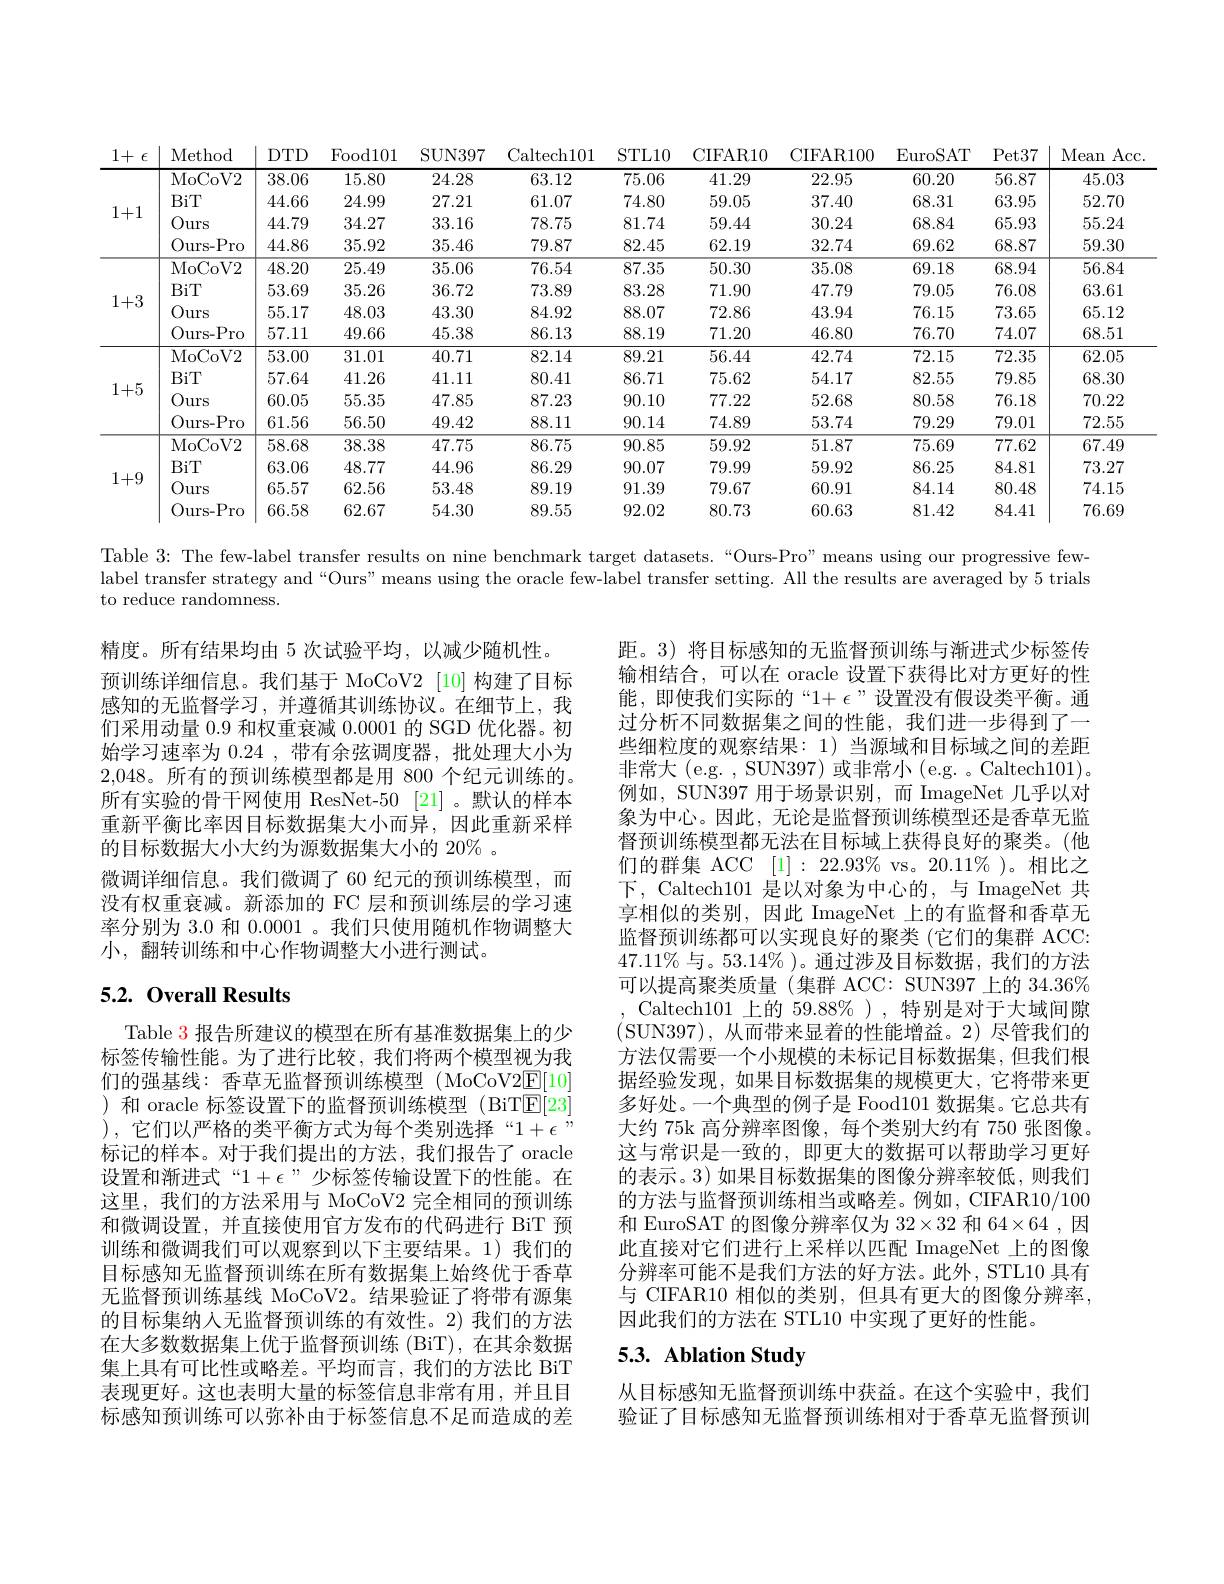
<table>
	<tbody>
		<tr>
			<th>1+ $\epsilon$</th>
			<th>Method</th>
			<th>$DTD$</th>
			<th>${\mathrm{Food}}101$</th>
			<th>SUN397</th>
			<th>altech101</th>
			<th>STL10</th>
			<th>CIFAR10</th>
			<th>CIFAR100</th>
			<th>EuroSAT</th>
			<th>$Pet37$</th>
			<th>Mean $\operatorname{Acc}$</th>
		</tr>
		<tr>
			<td rowspan="4">1+1</td>
			<td>MoCoV2</td>
			<td>38.06</td>
			<td>15.80</td>
			<td>24.28</td>
			<td>63.12</td>
			<td>75.06</td>
			<td>41.29</td>
			<td>22.95</td>
			<td>60.20</td>
			<td>56.87</td>
			<td>45.03</td>
		</tr>
		<tr>
			<td>BiT</td>
			<td>44.66</td>
			<td>24.99</td>
			<td>27.21</td>
			<td>61.07</td>
			<td>74.80</td>
			<td>59.05</td>
			<td>37.40</td>
			<td>68.31</td>
			<td>63.95</td>
			<td>52.70</td>
		</tr>
		<tr>
			<td>Ours</td>
			<td>44.79</td>
			<td>34.27</td>
			<td>33.16</td>
			<td>78.75</td>
			<td>81.74</td>
			<td>59.44</td>
			<td>30.24</td>
			<td>68.84</td>
			<td>65.93</td>
			<td>55.24</td>
		</tr>
		<tr>
			<td>Ours- Pro</td>
			<td>44.86</td>
			<td>35.92</td>
			<td>35.46</td>
			<td>79.87</td>
			<td>82.45</td>
			<td>62.19</td>
			<td>32.74</td>
			<td>69.62</td>
			<td>68.87</td>
			<td>59.30</td>
		</tr>
		<tr>
			<td rowspan="4">1+3</td>
			<td>MoCoV2</td>
			<td>48.20</td>
			<td>25.49</td>
			<td>35.06</td>
			<td>76.54</td>
			<td>87.35</td>
			<td>50.30</td>
			<td>35.08</td>
			<td>69.18</td>
			<td>68.94</td>
			<td>56.84</td>
		</tr>
		<tr>
			<td>BiT</td>
			<td>53.69</td>
			<td>35.26</td>
			<td>36.72</td>
			<td>73.89</td>
			<td>83.28</td>
			<td>71.90</td>
			<td>47.79</td>
			<td>79.05</td>
			<td>76.08</td>
			<td>63.61</td>
		</tr>
		<tr>
			<td>Ours</td>
			<td>55.17</td>
			<td>48.03</td>
			<td>43.30</td>
			<td>84.92</td>
			<td>88.07</td>
			<td>72.86</td>
			<td>43.94</td>
			<td>76.15</td>
			<td>73.65</td>
			<td>65.12</td>
		</tr>
		<tr>
			<td>Ours- Pro</td>
			<td>57.11</td>
			<td>49.66</td>
			<td>45.38</td>
			<td>86.13</td>
			<td>88.19</td>
			<td>71.20</td>
			<td>46.80</td>
			<td>76.70</td>
			<td>74.07</td>
			<td>68.51</td>
		</tr>
		<tr>
			<td rowspan="4">1+5</td>
			<td>MoCoV2</td>
			<td>53.00</td>
			<td>31.01</td>
			<td>40.71</td>
			<td>82.14</td>
			<td>89.21</td>
			<td>56.44</td>
			<td>42.74</td>
			<td>72.15</td>
			<td>72.35</td>
			<td>62.05</td>
		</tr>
		<tr>
			<td>BiT</td>
			<td>57.64</td>
			<td>41.26</td>
			<td>41.11</td>
			<td>80.41</td>
			<td>86.71</td>
			<td>75.62</td>
			<td>54.17</td>
			<td>82.55</td>
			<td>79.85</td>
			<td>68.30</td>
		</tr>
		<tr>
			<td>Ours</td>
			<td>60.05</td>
			<td>55.35</td>
			<td>47.85</td>
			<td>87.23</td>
			<td>90.10</td>
			<td>77.22</td>
			<td>52.68</td>
			<td>80.58</td>
			<td>76.18</td>
			<td>70.22</td>
		</tr>
		<tr>
			<td>Ours- Pro</td>
			<td>61.56</td>
			<td>56.50</td>
			<td>49.42</td>
			<td>88.11</td>
			<td>90.14</td>
			<td>74.89</td>
			<td>53.74</td>
			<td>79.29</td>
			<td>79.01</td>
			<td>72.55</td>
		</tr>
		<tr>
			<td rowspan="4">1+9</td>
			<td>MoCoV2</td>
			<td>58.68</td>
			<td>38.38</td>
			<td>47.75</td>
			<td>86.75</td>
			<td>90.85</td>
			<td>59.92</td>
			<td>51.87</td>
			<td>75.69</td>
			<td>77.62</td>
			<td>67.49</td>
		</tr>
		<tr>
			<td>BiT</td>
			<td>63.06</td>
			<td>48.77</td>
			<td>44.96</td>
			<td>86.29</td>
			<td>90.07</td>
			<td>79.99</td>
			<td>59.92</td>
			<td>86.25</td>
			<td>84.81</td>
			<td>73.27</td>
		</tr>
		<tr>
			<td>Ours</td>
			<td>65.57</td>
			<td>62.56</td>
			<td>53.48</td>
			<td>89.19</td>
			<td>91.39</td>
			<td>79.67</td>
			<td>60.91</td>
			<td>84.14</td>
			<td>80.48</td>
			<td>74.15</td>
		</tr>
		<tr>
			<td>Ours- Pro</td>
			<td>66.58</td>
			<td>62.67</td>
			<td>54.30</td>
			<td>89.55</td>
			<td>92.02</td>
			<td>80.73</td>
			<td>60.63</td>
			<td>81.42</td>
			<td>84.41</td>
			<td>76.69</td>
		</tr>
	</tbody>
</table>

Table 3: The few-label transfer results on nine benchmark target datasets.“Ours-Pro”means using our progressive few-

label transfer strategy and“Ours” means using the oracle few-label transfer setting. All the results are averaged by 5 trials

to reduce randomness.

精度。所有结果均由 5 次试验平均，以减少随机性。
预训练详细信息。我们基于 MoCoV2 [10] 构建了目标感知的无监督学习，并遵循其训练协议。在细节上，我们采用动量 0.9 和权重衰减0.0001的 SGD 优化器。初始学习速率为0.24 , 带有余弦调度器，批处理大小为2,048。所有的预训练模型都是用 800 个纪元训练的。所有实验的骨干网使用 ResNet-50 [21] 。默认的样本重新平衡比率因目标数据集大小而异，因此重新采样的目标数据大小大约为源数据集大小的 20% 。
微调详细信息。我们微调了 60 纪元的预训练模型，而没有权重衰减。新添加的 FC 层和预训练层的学习速率分别为 3.0 和 0.0001 。我们只使用随机作物调整大小，翻转训练和中心作物调整大小进行测试。

距。3) 将目标感知的无监督预训练与渐进式少标签传输相结合，可以在 oracle 设置下获得比对方更好的性能，即使我们实际的“$1+\epsilon$”设置没有假设类平衡。通过分析不同数据集之间的性能，我们进一步得到了一些细粒度的观察结果：1)当源域和目标域之间的差距非常大(e.g.,SUN397)或非常小(e.g. 。Caltech101)。例如，SUN397 用于场景识别，而 ImageNet 几乎以对象为中心。因此，无论是监督预训练模型还是香草无监督预训练模型都无法在目标域上获得良好的聚类。(他们的群集 ACC $[ 1] : 22. 93\%$ vs。20.11%)。相比之下，Caltech101 是以对象为中心的，与 ImageNet 共享相似的类别，因此 ImageNet 上的有监督和香草无监督预训练都可以实现良好的聚类 (它们的集群 ACC: $47.11\%$与。53.14% )。通过涉及目标数据，我们的方法可以提高聚类质量(集群 ACC: SUN397 上的 34.36% Caltech101 上的 59.88%),特别是对于大域间隙
(SUN397),从而带来显着的性能增益。2)尽管我们的方法仅需要一个小规模的未标记目标数据集，但我们根据经验发现，如果目标数据集的规模更大，它将带来更多好处。一个典型的例子是 Food101 数据集。它总共有大约 75k 高分辨率图像，每个类别大约有 750 张图像。这与常识是一致的，即更大的数据可以帮助学习更好的表示。3) 如果目标数据集的图像分辨率较低，则我们的方法与监督预训练相当或略差。例如，CIFAR10/100和 EuroSAT 的图像分辨率仅为 $32\times32$ 和 64$\times64$,因此直接对它们进行上采样以匹配 ImageNet 上的图像分辨率可能不是我们方法的好方法。此外，STL10 具有与 CIFAR10 相似的类别，但具有更大的图像分辨率， 因此我们的方法在 STL10 中实现了更好的性能。

## 5.2. Overall Results

Table 3 报告所建议的模型在所有基准数据集上的少标签传输性能。为了进行比较，我们将两个模型视为我们的强基线：香草无监督预训练模型 (MoCoV$2\underline{\mathrm{E}}[10]$ )和 oracle 标签设置下的监督预训练模型 (BiT$\overline{\mathrm{E}}[23]$ 标记的样本。对于我们提出的方法，我们报告了 oracle 设置和渐进式“$1+\epsilon$”少标签传输设置下的性能。在这里，我们的方法采用与 MoCoV2 完全相同的预训练和微调设置，并直接使用官方发布的代码进行 BiT 预训练和微调我们可以观察到以下主要结果。1)我们的目标感知无监督预训练在所有数据集上始终优于香草无监督预训练基线 MoCoV2。结果验证了将带有源集的目标集纳入无监督预训练的有效性。2)我们的方法在大多数数据集上优于监督预训练 (BiT),在其余数据集上具有可比性或略差。平均而言，我们的方法比 BiT 表现更好。这也表明大量的标签信息非常有用，并且目标感知预训练可以弥补由于标签信息不足而造成的差

# 5.3. Ablation Study

从目标感知无监督预训练中获益。在这个实验中，我们验证了目标感知无监督预训练相对于香草无监督预训